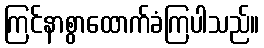
ကြင်နာစွာထောက်ခံကြပါသည်။